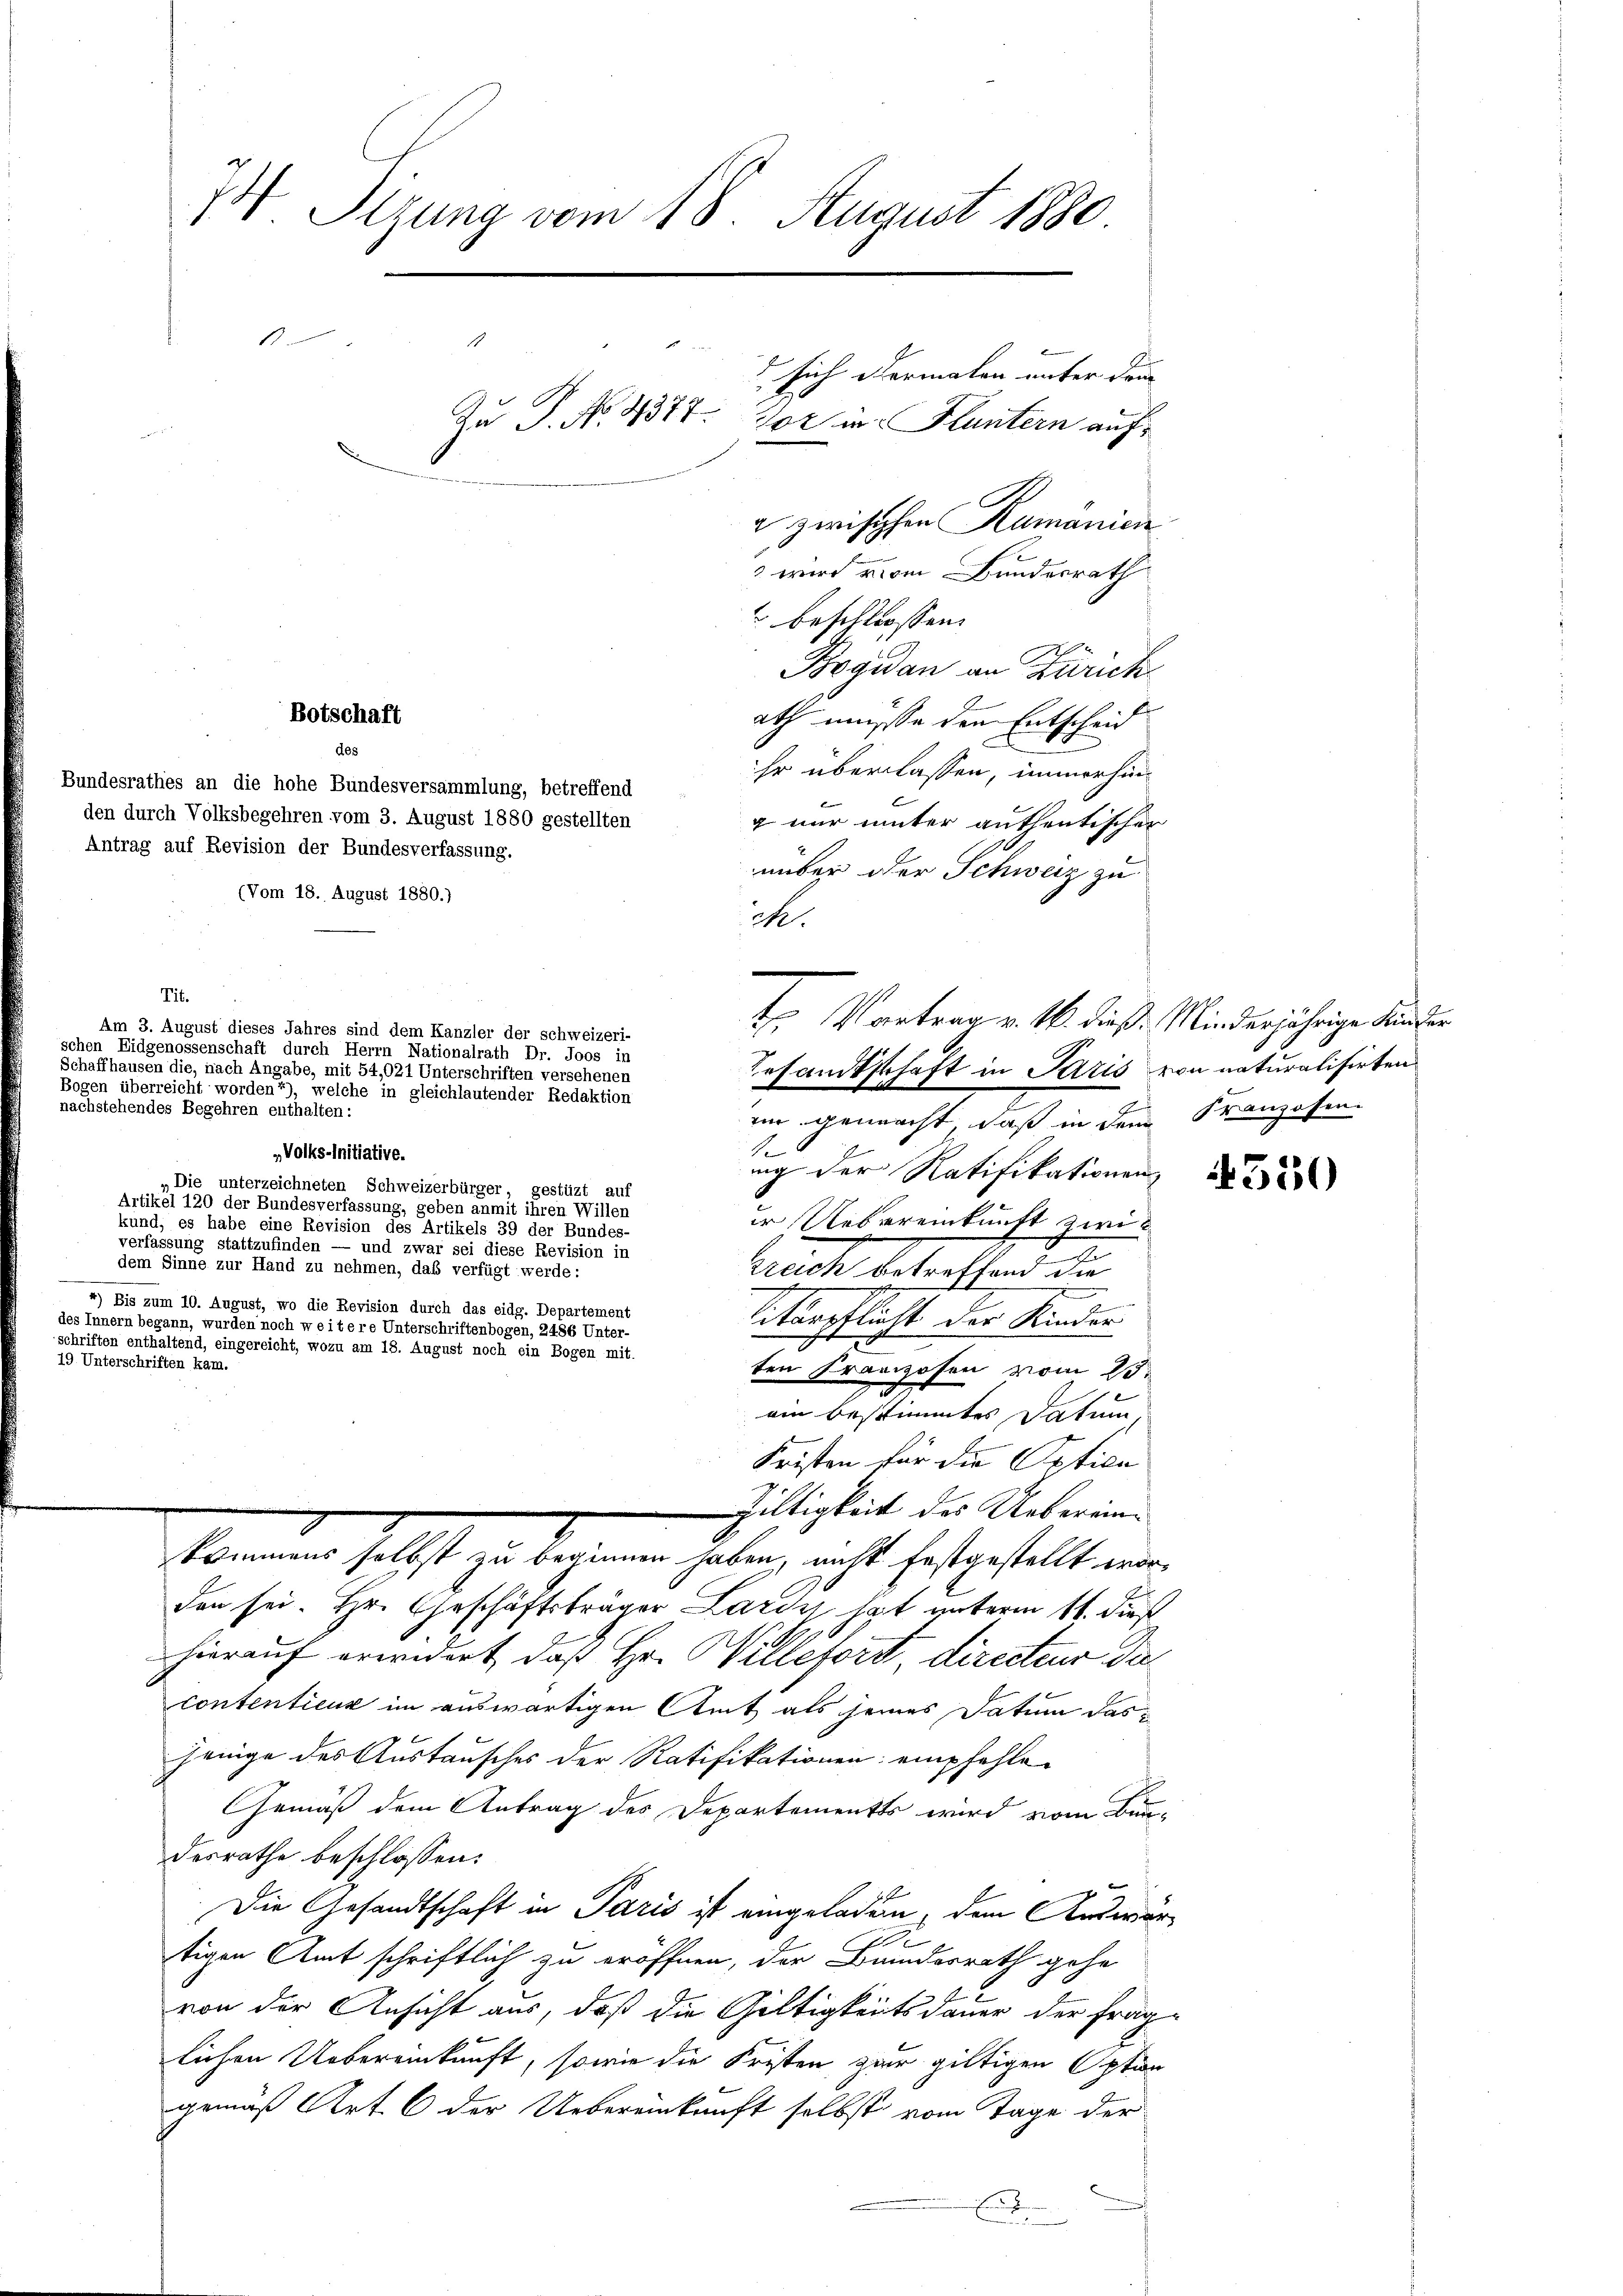
des
Bundesrathes an die hohe Bundesversammlung, betreffend
den durch Volksbegehren vom 3. August 1880 gestellten
Antrag auf Revision der Bundesverfassung.

Tit.
Am 3. August dieses Jahres sind dem Kanzler der schweizeri-
schen Eidgenossenschaft durch Herrn Nationalrath Dr. Joos in
Schaffhausen die, nach Angabe, mit 54,021 Unterschriften versehenen
Bogen überreicht worden“), welche in gleichlautender Redaktion
nachstehendes Begehren enthalten:

74 Sizung vom 18. August 1880

2
¬
Zu P. No. 4377.
102 u. Fluntern auf

(Vom 18. August 1880.)

„Volks-Initiative.
„Die unterzeichneten Schweizerbürger, gestüzt auf
Artikel 120 der Bundesverfassung, geben anmit ihren Willen
kund, es habe eine Revision des Artikels 39 der Bundes-
verfassung stattzufinden — und zwar sei diese Revision in
dem Sinne zur Hand zu nehmen, daß verfügt werde:
4) Bis zum 10. August, wo die Revision durch das eidg. Departement
des Innern begann, wurden noch weitere Unterschriftenbogen, 2486 Unter-
schriften enthaltend, eingereicht, wozu am 18. August noch ein Bogen mit.

u zwischen Rumänien
 wird vom Bundesrath
“ beschlossen:
Bogidan an Zürich
Botschaft
ath müsse den Entschein
ihr überlassen, immerhing nur unter authentischer
nüber der Schweiz zu
M.
im gemacht, daß in dem
1
nng der Ratifikationen
er Uebereinkunft zwi
sreich betreffend die
Vitärpflicht der Kinder
ten Franzosen vom 25.
ain bestimmtes Datum,
Fristen für die Optice
Gültigkeit des Uebereinkommens selbst zu beginnen haben, nicht festgestellt worden sei. Hr. Geschäftsträger Lardy hat unterm 11. dieß
hierauf erwidert, daß Hr. Willetors directeur dacontentienz im auswärtigen Amt als seines Datum das
jenige des Austausches der Ratifikationen empfehle¬
Gemäß dem Antrag des Departementes wird vom Bun-
desrathe beschlossen:
Die Gesandtschaft in Paris ist eingeladen, dem Auswar
o
tigen Amt schriftlich zu eröffnen, der Bundesrath gehe
von der Ansicht aus, daß die Gültigkeitsdauer der Frag
lichen Uebereinkunft, sowie die Fristen zur giltigen Optin
gemäß Art. 6 der Uebereinkunft selbst vom Tage der
E

sich dermalen unter drin

t. Vortrag v. M. dieß: Minderjährige Kinder
Gesandtschaft in Paris von naturalisirten

Franzosen.

u
x

4550